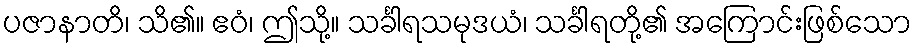
ပဇာနာတိ၊ သိ၏။ ဧဝံ၊ ဤသို့။ သင်္ခါရသမုဒယံ၊ သင်္ခါရတို့၏ အကြောင်းဖြစ်သော